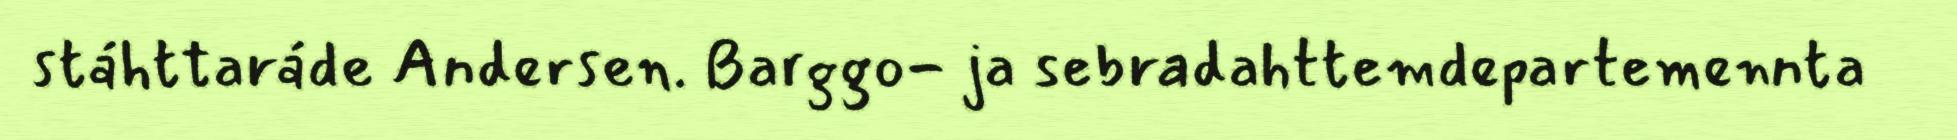
stáhttaráde Andersen. Barggo- ja sebradahttemdepartemennta